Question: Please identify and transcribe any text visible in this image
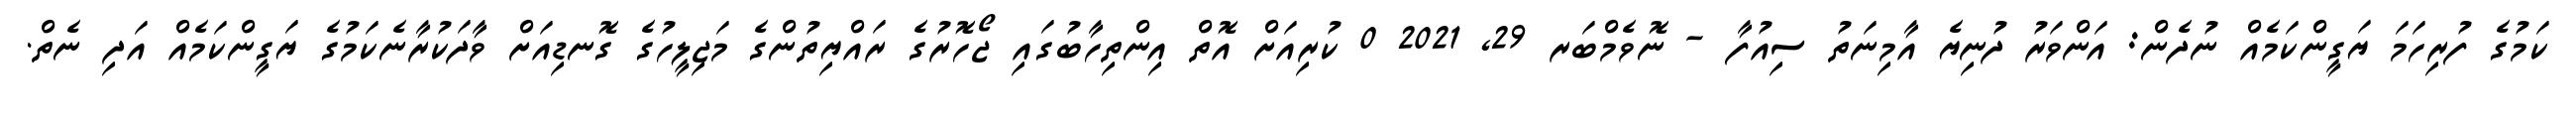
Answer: ކަމުގެ ފުރިހަމަ ޔަގީންކަމެއް ނުދެން: އަންވަރު ދުނިޔެ އާމިނަތު ސިއުފާ - ނޮވެމްބަރ 29, 2021 0 ކުރިއަށް އޮތް އިންތިހާބުގައި ޖޯހޮރުގެ ރައްޔިތުންގެ މަޖިލީހުގެ ގޮނޑިއަށް ވާދަކުރާނެކަމުގެ ޔަގީންކަމެއް އަދި ނެތް.